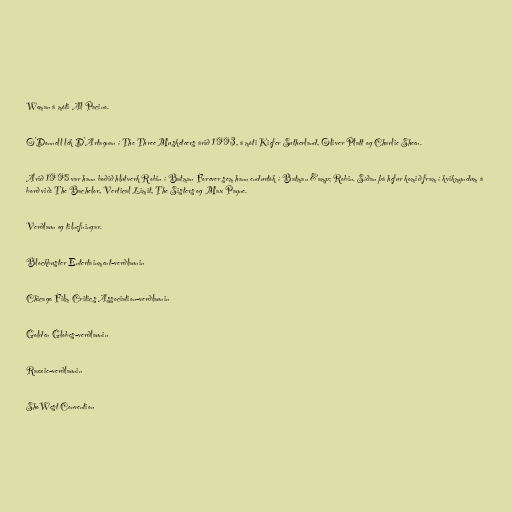
Woman á móti Al Pacino.

O'Donnell lék D'Artagnan í The Three Musketeers árið 1993, á móti Kiefer Sutherland, Oliver Platt og Charlie Sheen.

Árið 1995 var hann boðið hlutverk Robin í Batman Forever sem hann endurtók í Batman &amp; Robin. Síðan þá hefur komið fram í kvikmyndum á
borð við: The Bachelor, Vertical Limit, The Sisters og Max Payne.

Verðlaun og tilnefningar.

Blockbuster Entertainment-verðlaunin

Chicago Film Critics Association-verðlaunin

Golden Globes-verðlaunin

Razzie-verðlaunin

ShoWest Convention